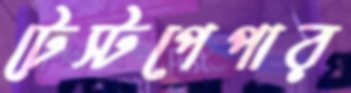
টেস্টপেপার